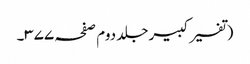
(تفسیر کبیر جلد دوم صفحہ ۳۷۷۔